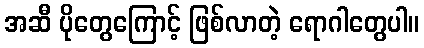
အဆီ ပိုတွေကြောင့် ဖြစ်လာတဲ့ ရောဂါတွေပါ။